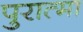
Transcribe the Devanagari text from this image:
पुरात्मा